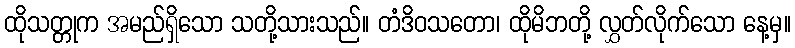
ထိုသတ္တုက အမည်ရှိသော သတို့သားသည်။ တံဒိဝသတော၊ ထိုမိဘတို့ လွှတ်လိုက်သော နေ့မှ။